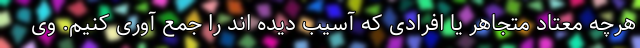
هرچه معتاد متجاهر یا افرادی که آسیب دیده اند را جمع آوری کنیم. وی